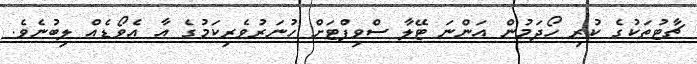
ޗާޓުތަކުގެ ކުރި ހޯދަމުން އަންނަ ޓޭލާ ސްވިފްޓަށް ހުނަރުވެރިކަމުގެ އާ އެވޯޑެއް ލިބުނެވެ.